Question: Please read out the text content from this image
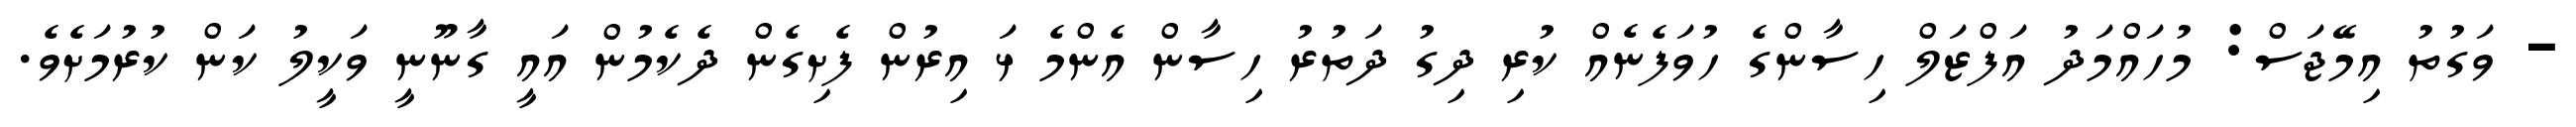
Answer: - ވަގުތު އިމޭޖަސް: މުހައްމަދު އަފްޒަލް ހިސާންގެ ހުވަފެނެއް ކުރި ދިގު ދަތުރު ހިސާން އެންމެ ޅަ އިރުން ފެށިގެން ދެކެމުން އައީ ގާނޫނީ ވަކީލު ކަން ކުރުމަށެވެ.